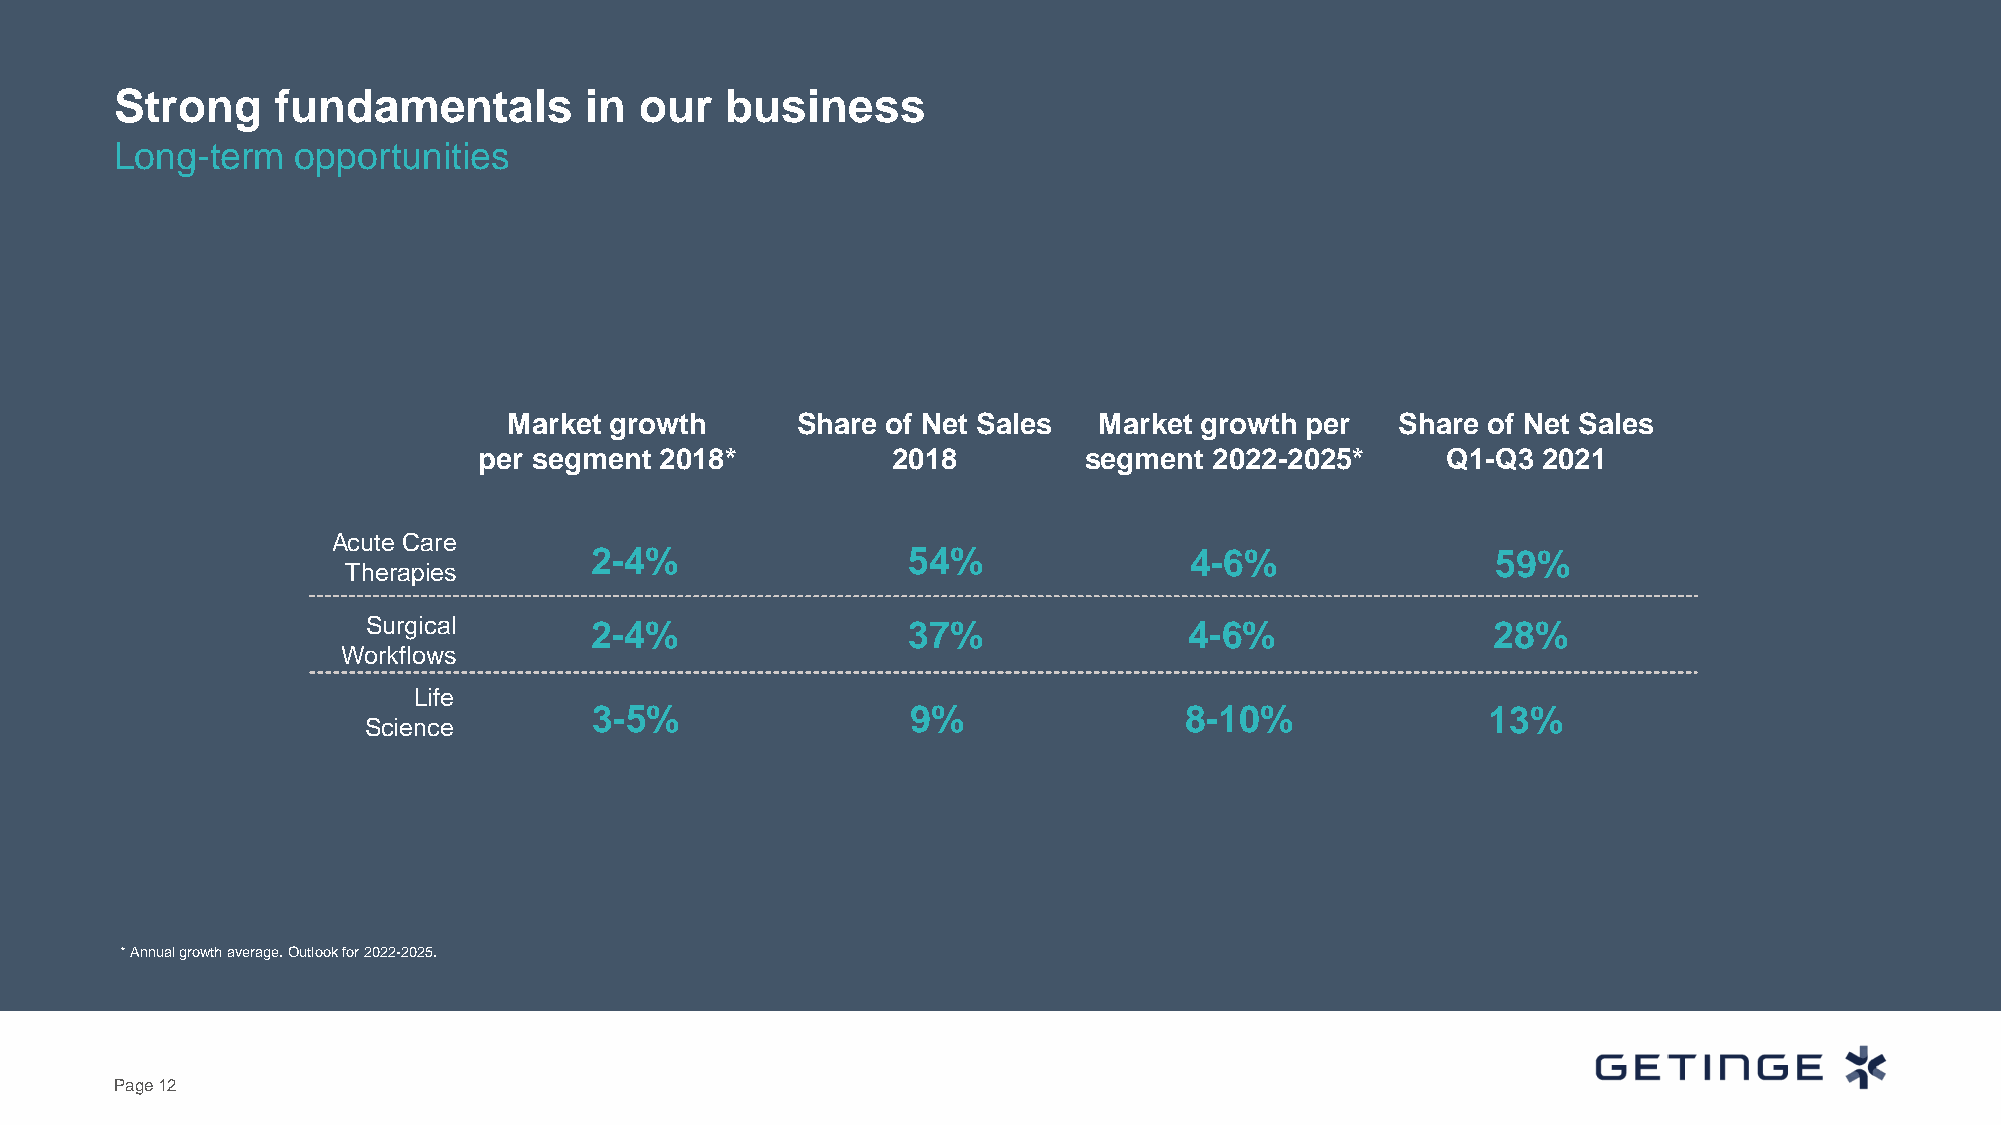
Strong    fundamentals         in our   business
 Long-term   opportunities
 Market growth      Share of Net Sales  Market growth per   Share of Net Sales
 per segment 2018*          2018         segment 2022-2025*      Q1-Q3 2021
 Acute Care
 2-4%                 54%                4-6%                59%
 Therapies
 Surgical       2-4%                 37%                4-6%                28%
 Workflows
 Life
 3-5%                 9%                8-10%               13%
 Science
 * Annual growth average. Outlook for 2022-2025.
 Page 12